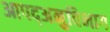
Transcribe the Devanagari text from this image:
आपद्अनुविभाग